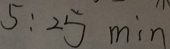
5 : 2 5 \min